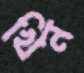
খিন